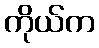
ကိုယ်က